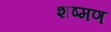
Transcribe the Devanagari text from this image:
शष्मण